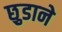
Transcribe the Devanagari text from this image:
छ़ुडाने